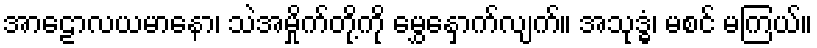
အာဠောလယမာနော၊ သဲအမှိုက်တို့ကို မွှေနှောက်လျက်။ အသုဒ္ဓံ၊ မစင် မကြယ်။